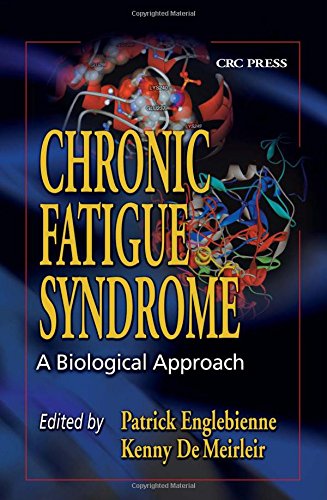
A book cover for Chronic Fatigue Syndrome: A Biological Approach; Health, Fitness & Dieting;